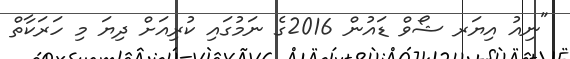
"ނިއު އިޔަރ ޝޯވް ޑައުން 2016ގެ ނަމުގައި ކުރިއަށް ދިޔަ މި ހަރަކާތް